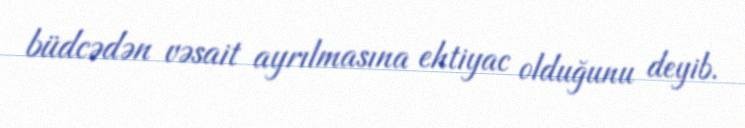
büdcədən vəsait ayrılmasına ehtiyac olduğunu deyib.